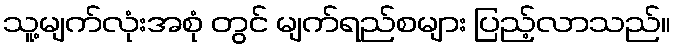
သူ့မျက်လုံးအစုံ တွင် မျက်ရည်စများ ပြည့်လာသည်။